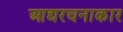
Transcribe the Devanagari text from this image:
आद्यरचनाकार